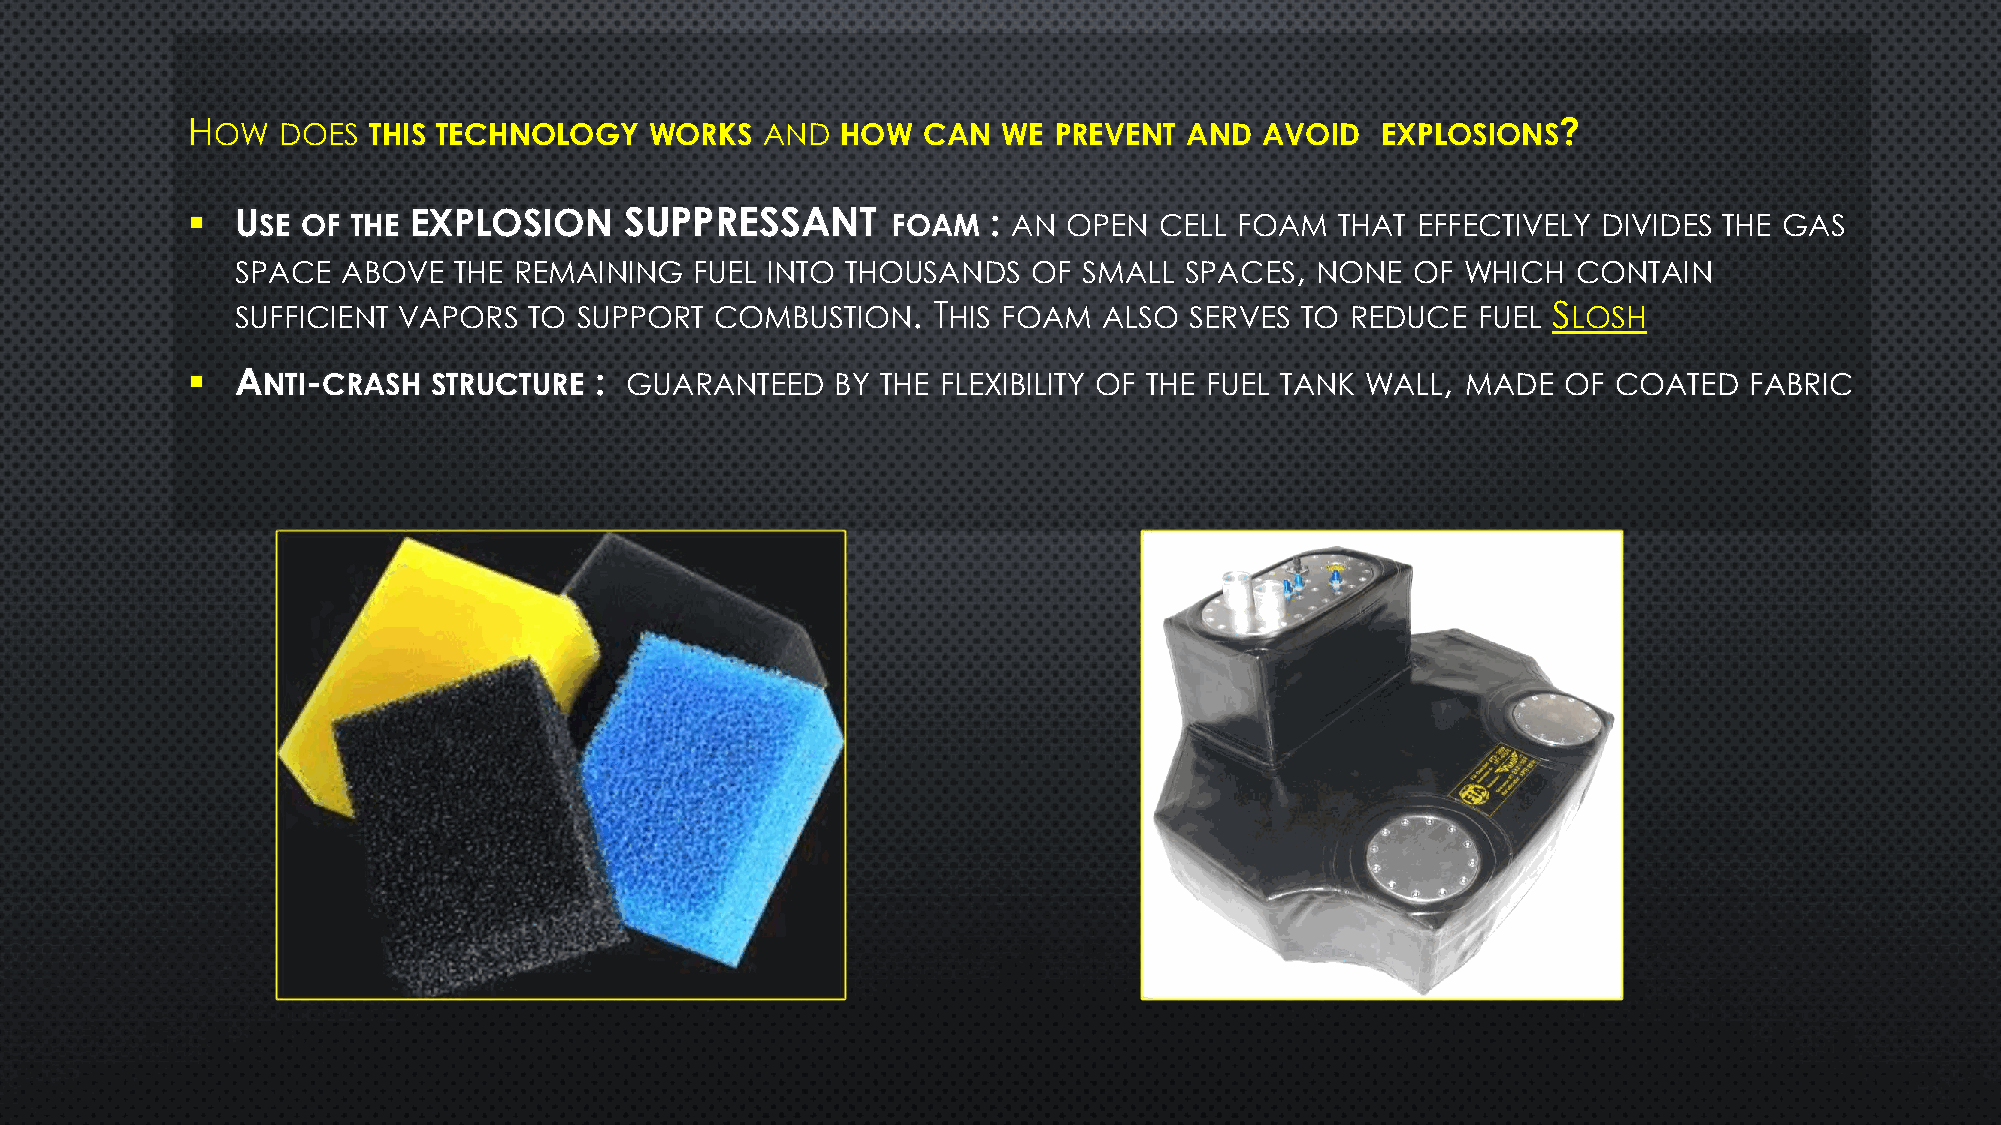
HOW   DOES  THIS TECHNOLOGY    WORKS  AND   HOW  CAN  WE  PREVENT  AND  AVOID  EXPLOSIONS?
 ▪   USE OF THE EXPLOSION     SUPPRESSANT       FOAM   : AN OPEN  CELL FOAM   THAT EFFECTIVELY DIVIDES THE GAS
 SPACE  ABOVE  THE REMAINING   FUEL INTO THOUSANDS   OF  SMALL SPACES,  NONE  OF  WHICH  CONTAIN
 SUFFICIENT VAPORS  TO SUPPORT  COMBUSTION.    THIS FOAM  ALSO  SERVES TO REDUCE   FUEL SLOSH
 ▪   ANTI-CRASH   STRUCTURE : GUARANTEED    BY THE FLEXIBILITY OF THE FUEL TANK WALL, MADE  OF  COATED   FABRIC